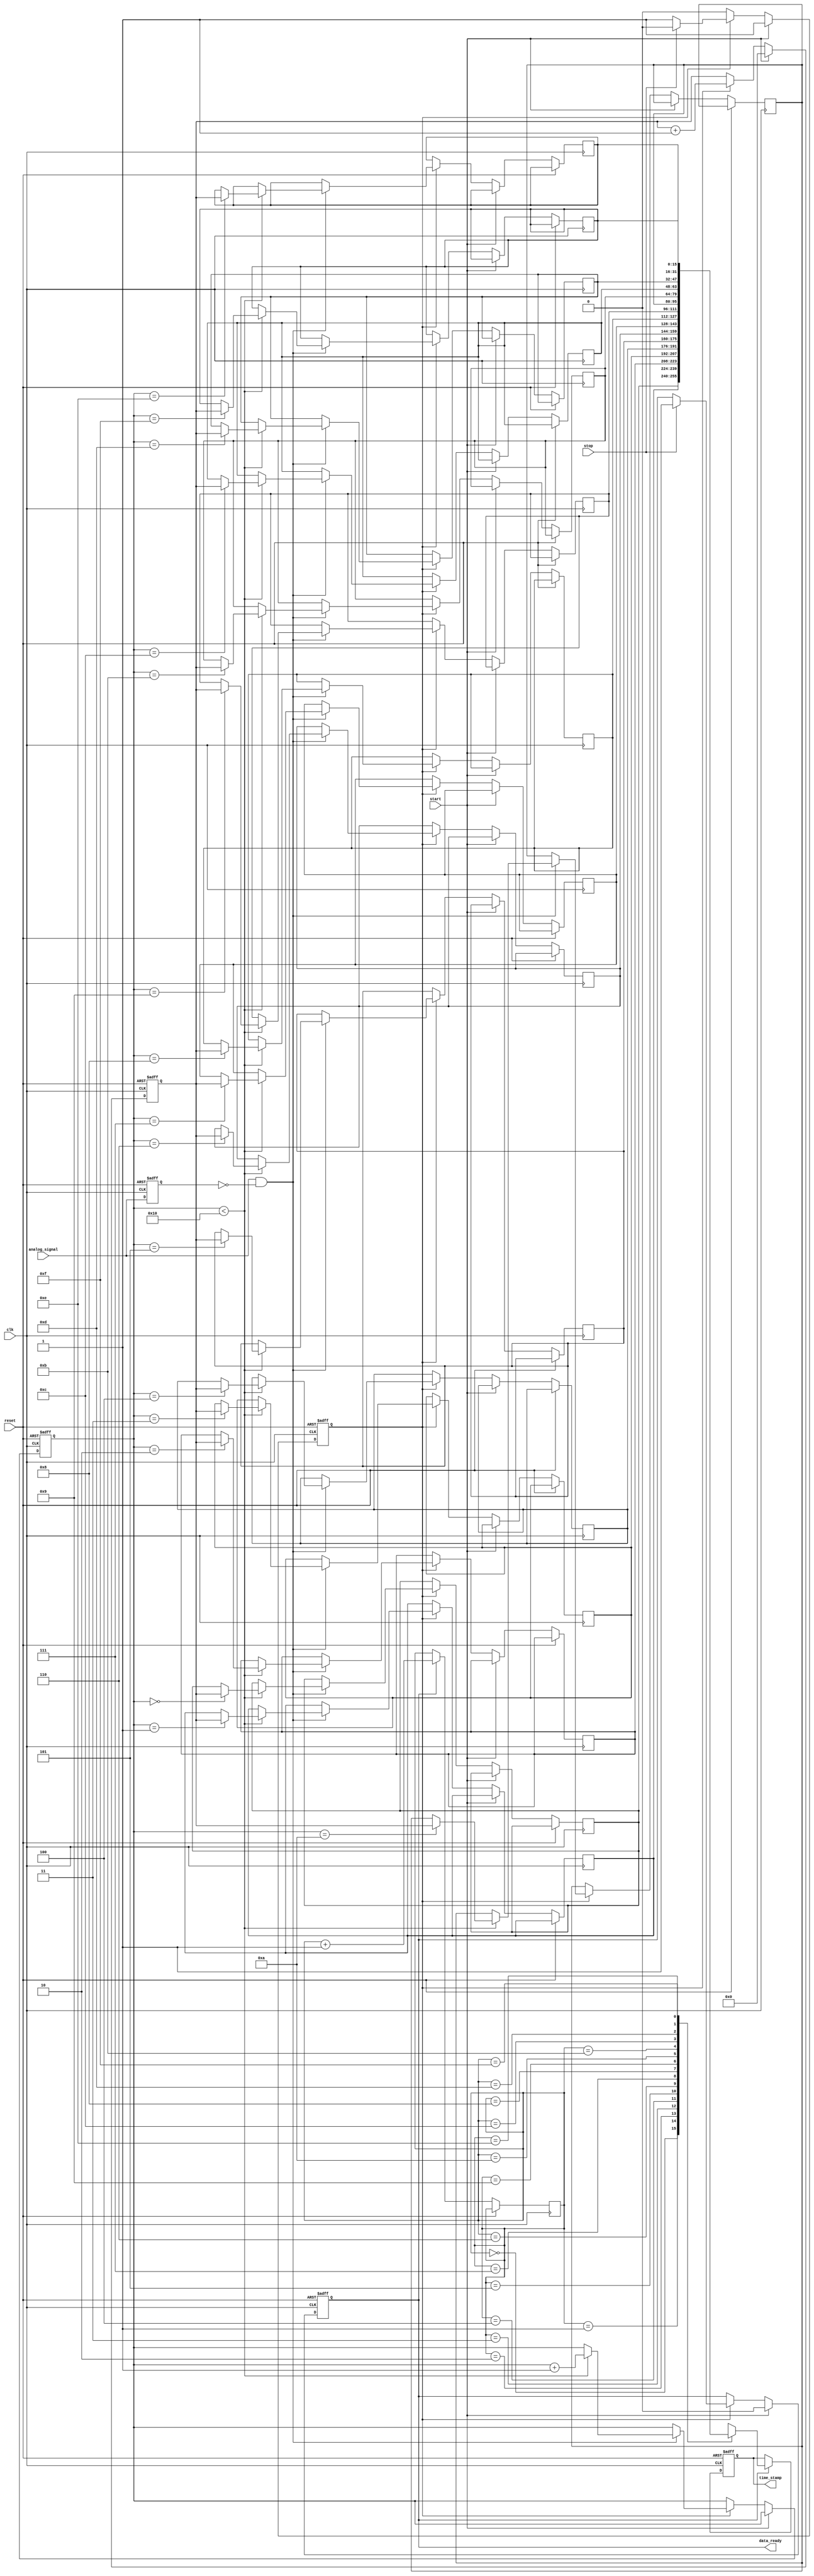
module TDC (
    input wire clk,                // High-frequency clock
    input wire reset,              // Reset signal
    input wire start,              // Start measurement signal
    input wire stop,               // Stop measurement signal
    input wire analog_signal,       // Input analog signal (for edge detection)
    output reg [15:0] time_stamp,  // Time stamp output
    output reg data_ready          // Data ready signal
);

    // Parameters
    parameter MEMORY_SIZE = 16;    // Size of the memory block
    parameter COUNTER_WIDTH = 16;   // Width of the counter

    // Internal signals
    reg [COUNTER_WIDTH-1:0] counter; // Counter for time measurement
    reg [COUNTER_WIDTH-1:0] memory [0:MEMORY_SIZE-1]; // Memory block
    reg [3:0] write_pointer;         // Write pointer for memory
    reg [3:0] read_pointer;          // Read pointer for memory
    reg measuring;                   // Measuring state flag

    // Edge detection logic
    reg last_signal;
    always @(posedge clk or posedge reset) begin
        if (reset) begin
            last_signal <= 0;
        end else begin
            last_signal <= analog_signal;
        end
    end

    // Time measurement unit
    always @(posedge clk or posedge reset) begin
        if (reset) begin
            counter <= 0;
            measuring <= 0;
            data_ready <= 0;
            write_pointer <= 0;
        end else if (start) begin
            measuring <= 1;
            counter <= 0;
            data_ready <= 0;
        end else if (measuring) begin
            counter <= counter + 1; // Increment counter on each clock cycle
            if (analog_signal && !last_signal) begin // Rising edge detected
                if (write_pointer < MEMORY_SIZE) begin
                    memory[write_pointer] <= counter; // Store time stamp
                    write_pointer <= write_pointer + 1;
                end
            end
            if (stop) begin
                measuring <= 0;
                data_ready <= 1; // Indicate data is ready
            end
        end
    end

    // Output the latest time stamp
    always @(posedge clk or posedge reset) begin
        if (reset) begin
            time_stamp <= 0;
        end else if (data_ready) begin
            time_stamp <= memory[read_pointer]; // Read from memory
            read_pointer <= read_pointer + 1; // Increment read pointer
        end
    end

endmodule